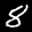
Label: 8